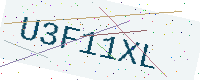
Text: U3F11XL